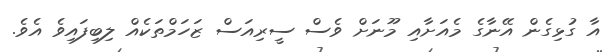
އާ ގުޅިގެން އޭނާގެ މެއަށާއި މޫނަށް ވެސް ސީރިއަސް ޒަހަމްތަކެއް ލިބިފައިވެ އެވެ.